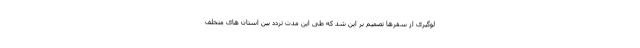
لوگیری از سفرها تصمیم بر این شد که طی این مدت تردد بین استان های متخلف